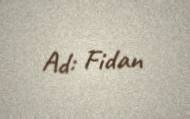
Ad: Fidan